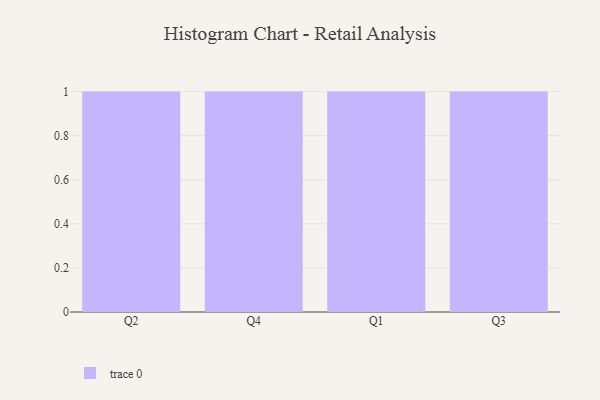
{"axis": {"x": "Quarter", "y": "Satisfaction Score"}, "legend": [""], "data": [{"x": "Q2", "y": 10, "type": ""}, {"x": "Q4", "y": 39, "type": ""}, {"x": "Q1", "y": 53, "type": ""}, {"x": "Q3", "y": 28, "type": ""}]}